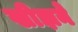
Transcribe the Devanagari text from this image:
खीझने